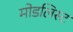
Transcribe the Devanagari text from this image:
मोडलिस्ट